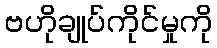
ဗဟိုချုပ်ကိုင်မှုကို